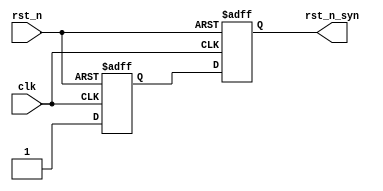
module ASYN_RESET_SYN_RELEASE(
input              clk,
input              rst_n,
output  reg        rst_n_syn
);

reg   rst_n_d1;
always @(posedge clk or negedge rst_n)
	if(rst_n == 1'b0)
		{rst_n_syn, rst_n_d1} <= 2'b00;
    else
		{rst_n_syn, rst_n_d1} <= {rst_n_d1, 1'b1};

endmodule